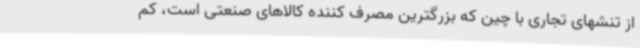
از تنشهای تجاری با چین که بزرگترین مصرف کننده کالاهای صنعتی است، کم